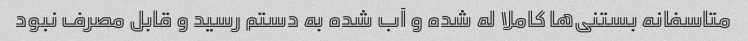
متاسفانه بستنی‌ها کاملا له شده و آب شده به دستم رسید و قابل مصرف نبود